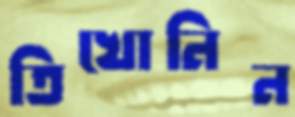
তিখোনিন